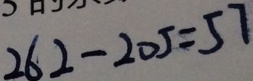
2 6 2 - 2 0 5 = 5 7